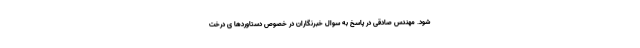
شود. مهندس صادقی در پاسخ به سوال خبرنگاران در خصوص دستاوردها ی درخت